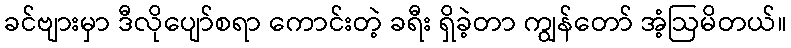
ခင်ဗျားမှာ ဒီလိုပျော်စရာ ကောင်းတဲ့ ခရီး ရှိခဲ့တာ ကျွန်တော် အံ့ဩမိတယ်။